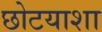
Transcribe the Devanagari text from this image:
छोटयाशा